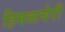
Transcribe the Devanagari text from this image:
हिमळचेरी